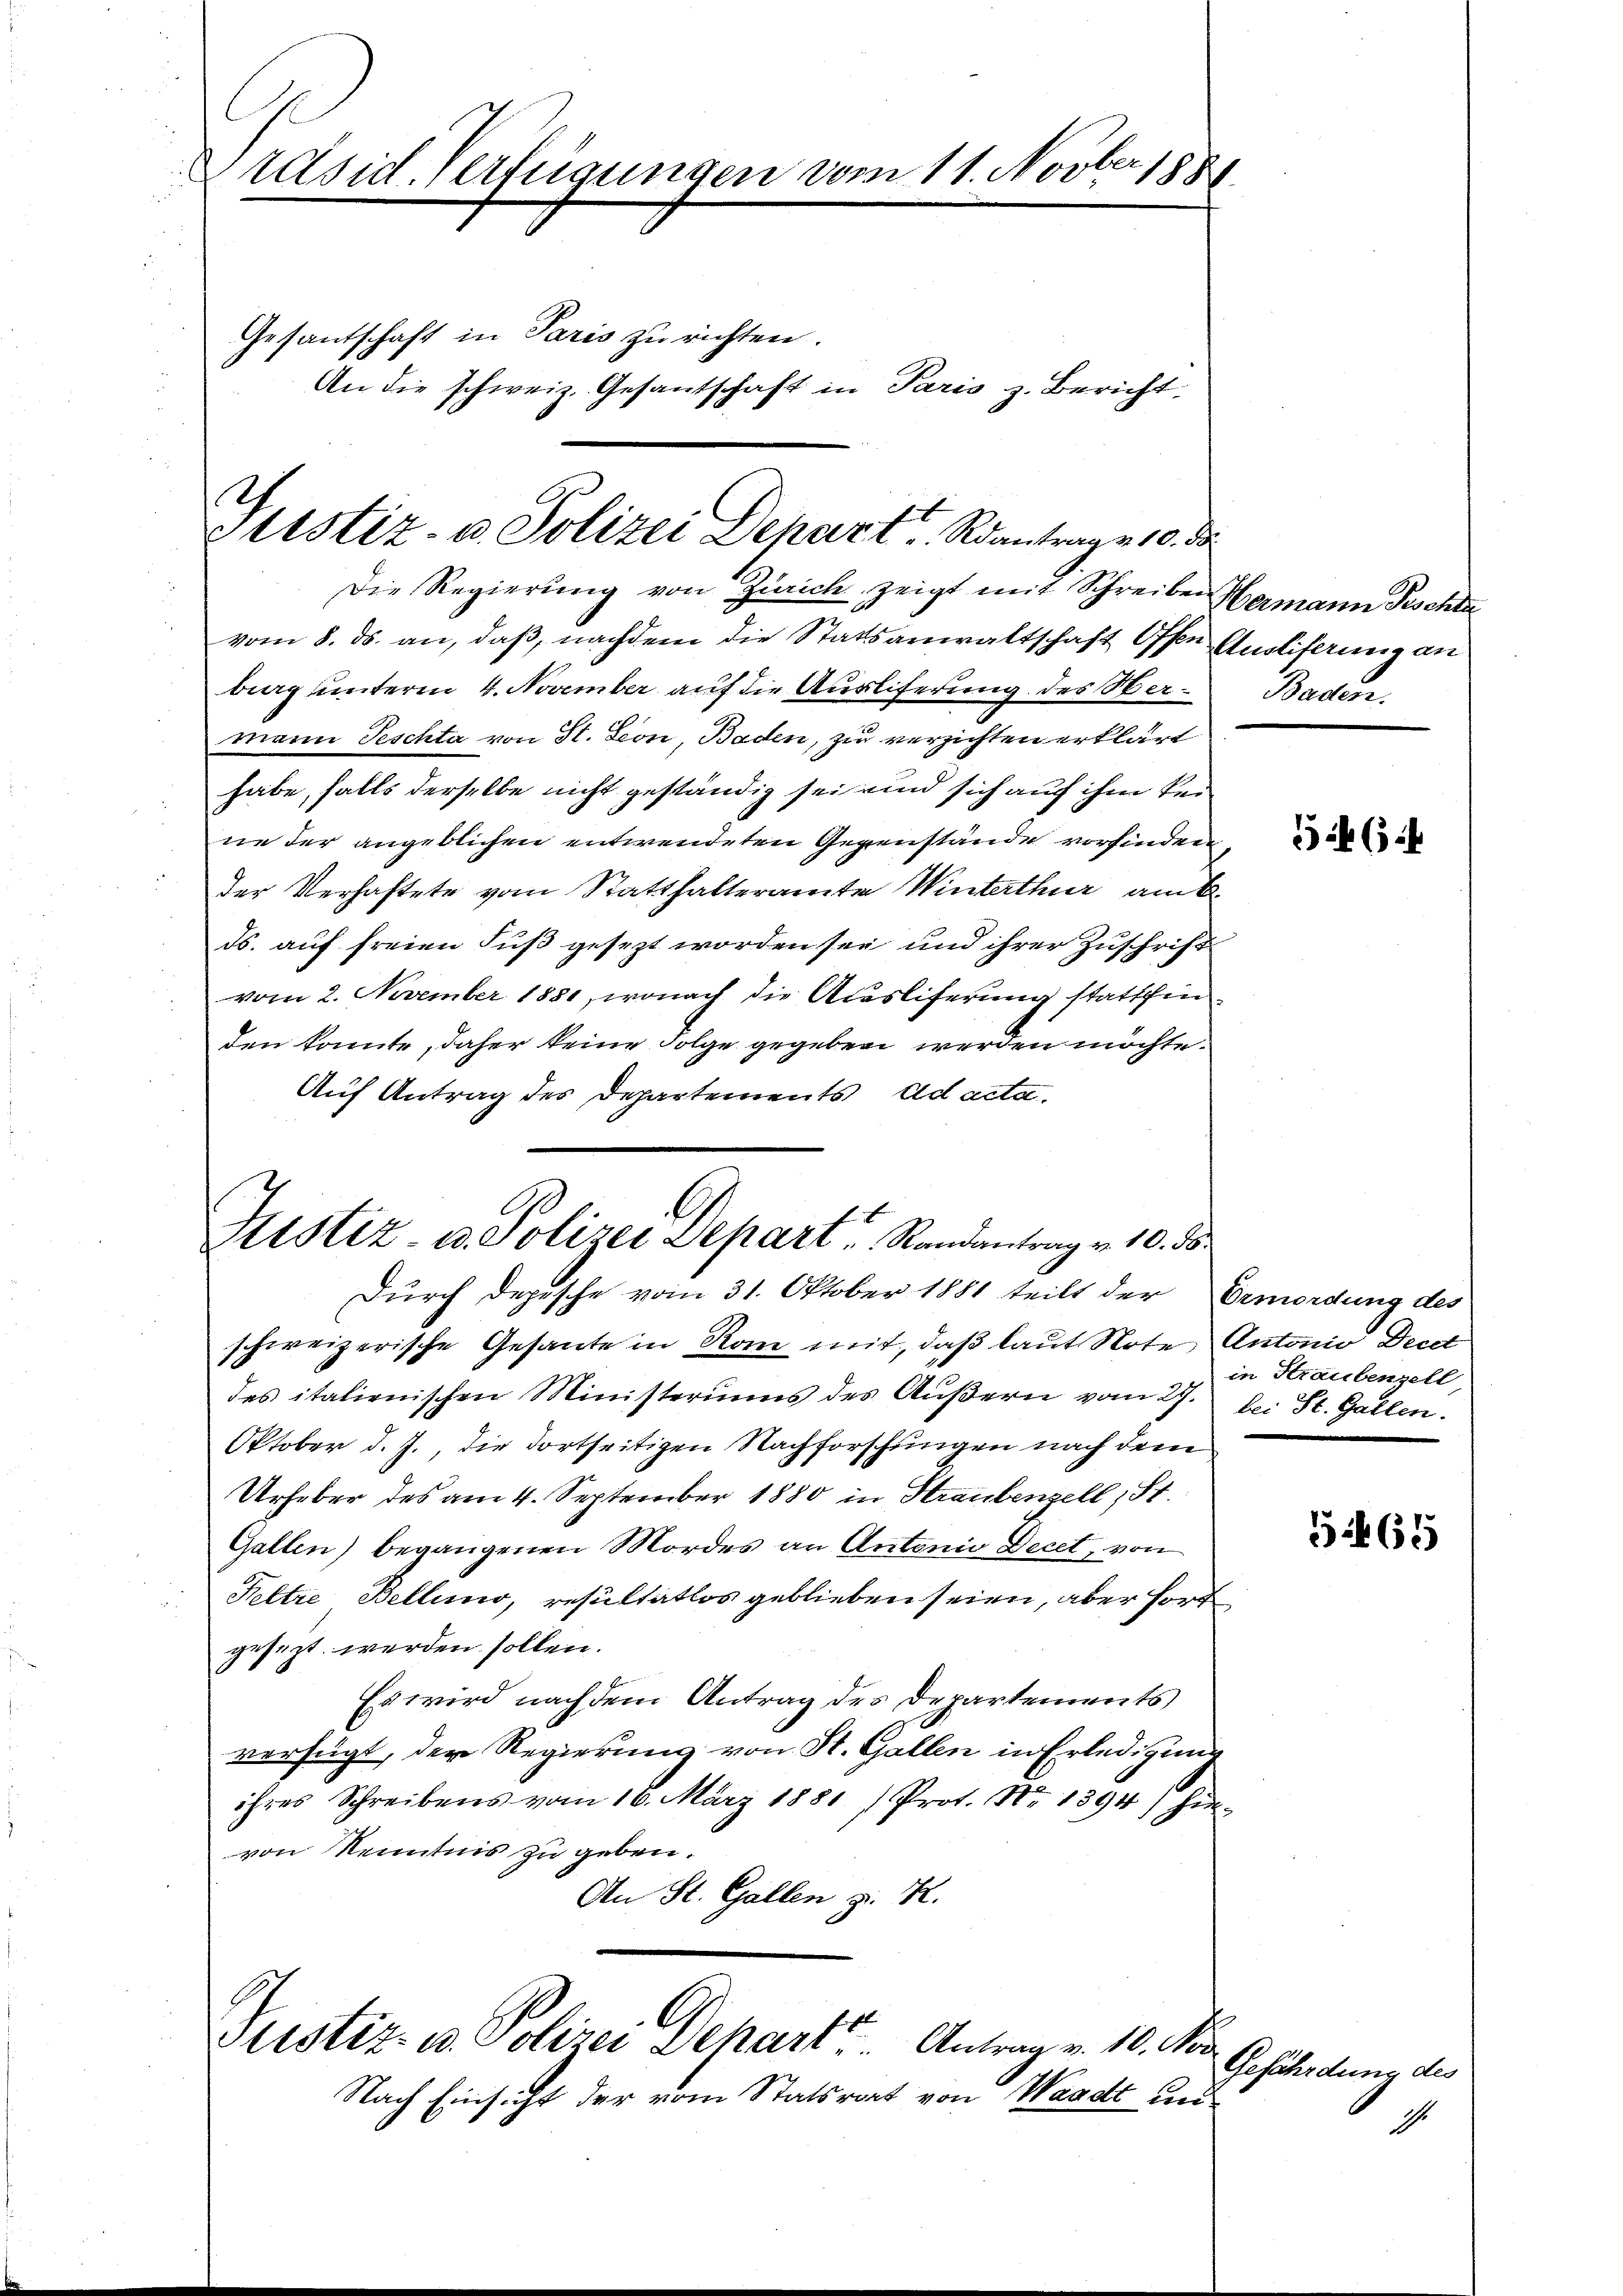
Präsid. Verfügungen vom 11. Novber 1881

Gesantschaft in Paris zu richten.
An die schweiz. Gesantschaft in Paris z. Bericht

Die Regierung von Zürich zeigt mit Schreiben Hermann Peschla
vom 8. ds. an, daß, nachdem die Stattsanwaltschaft Offen Ausliferung an
berg unterm 4. November auf die Ausliferung des Hermann Peschta von St. Leon, Baden, zu verzichten erklärt
habe, falls derselbe nicht geständig sei und sich auf ihm keine der angeblichen entwendeten Gegenstände vorfinden,
der Verhaftete vom Statthalteramte Winterthur am
ds. auf freien Fuß gesezt worden sei und ihrer Zuschrift
vom 2. November 1881, wonach die Ausliferung stattfinden konnte, daher keine Folge gegeben werden möchte.
Auf Antrag des Departements ad acta.

Th
Stistiz- u. Polizei Depart Rantrag 10. d

li
Histiz- u. Polizei Depart Randantrag v. 10. ds.

Durch Depesche vom 31. Oktober 1881 teilt der Ermordung des
schweizerische Gesante in Rom mit, daß laut Note Antonio Decet
des italienischen Ministeriums des Äußern vom 27. bei St. Gallen.
Oktober d. J., die dortseitigen Nachforschungen nach dem
Urheber des am 4. September 1880 in Straubenzell St.
Gallen) begangenen Mordes an Antonie Decet, von
Feltre Bellino, resultatlos geblieben seien, aber fort
gesezt werden sollen.
Es wird nach dem Antrag des Departements
verfügt, der Regierung von St. Gallen in Erledigung
ihres Schreibens vom 16. März 1881 (Prot. Nr. 1394) hin-
von Kenntnis zu geben.
An St. Gallen z. K.

Pristiz- u. Polizei Depart. Antrag v. 10. Vor
Nach Einsicht der vom Statsrat von Waadt un¬

Baden.

546.

in Straubenzell

465

Gefährdung des

dh.